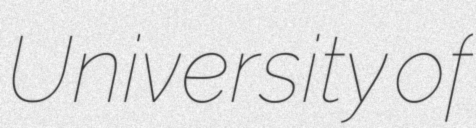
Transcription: University of